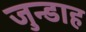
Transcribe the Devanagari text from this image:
जुन्डाह